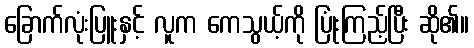
ခြောက်လုံးပြူးနှင့် လူက ကေသွယ့်ကို ပြုံးကြည့်ပြီး ဆို၏။